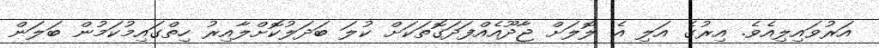
އަރުވައިލިއެވެ. އިރުގެ އަލި އެ ލޮލަށް ޖާދޫއެއްފަދަގޮތަކަށް ކުލަ ބަދަލުކޮށްލާއިރު ހިތްގައިމުކަމުން ބަލަން